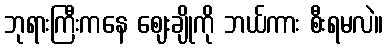
ဘုရားကြီးကနေ ဈေးချိုကို ဘယ်ကား စီးရမလဲ။